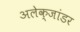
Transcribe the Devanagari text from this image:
अलेक्जांडर